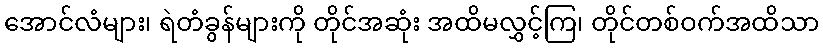
အောင်လံများ၊ ရဲတံခွန်များကို တိုင်အဆုံး အထိမလွှင့်ကြ၊ တိုင်တစ်ဝက်အထိသာ